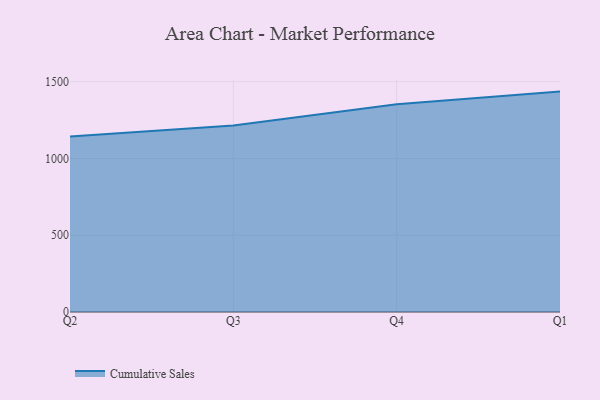
{"axis": {"x": "Quarter", "y": "Latency (ms)"}, "legend": ["Cumulative Sales"], "data": [{"x": "Q2", "y": 1143.2, "type": "Cumulative Sales"}, {"x": "Q3", "y": 1215.0, "type": "Cumulative Sales"}, {"x": "Q4", "y": 1353.4, "type": "Cumulative Sales"}, {"x": "Q1", "y": 1435.6, "type": "Cumulative Sales"}]}